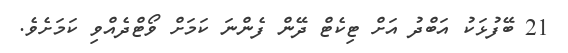
21 ބޭފުޅަކު އަބްދު އަށް ޓިކެޓް ދޭން ފެންނަ ކަމަށް ވޯޓްދެއްވި ކަމަށެވެ.